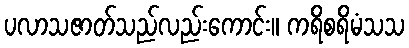
ပလာသဇာတ်သည်လည်းကောင်း။ ကရိစရိမံသသ